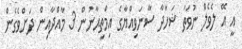
އީ އޭ ލެވެލް ނުވަތަ ޝަހާދާ ސާނަވިއްޔާގެ އިމްތިޙާނުން 3 މާއްދާއިން ދަށްވެގެން